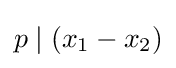
p\mid (x_{1}-x_{2})